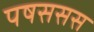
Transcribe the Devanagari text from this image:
पषससस